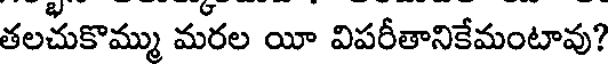
తలచుకొమ్ము మరల యీ విపరీతానికేమంటావు?